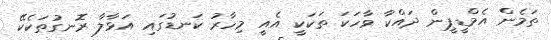
ތަމެން އެމްޑީޕީން ދައްކާ ވާހަކަ ތަކަކީ އެއީ މިހާރު ކަނޑުގައި އަޅާލާ ރޮނގުތަކެކޭ